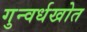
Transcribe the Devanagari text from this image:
गुन्वर्धखोत